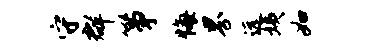
守群筝悔界远姨如